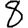
Digit: 8